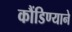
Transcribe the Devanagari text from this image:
कौंडिण्याने